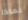
لماذا